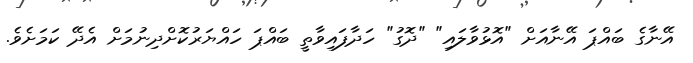
އޭނާގެ ބައްޕަ އޭނާއަށް "އޮޅުވާލައި" "ދޮގު" ހަދާފައިވާތީ ބައްޕަ ހައްޔަރުކޮށްދިނުމަށް އެދޭ ކަމަށެވެ.